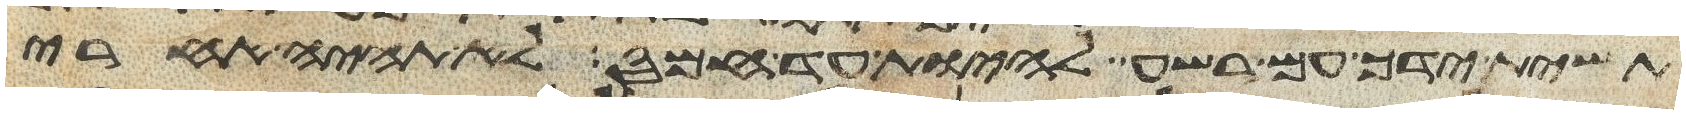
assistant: תשית ידך עם רשע להיות עד חמס לא תהיה אחרי